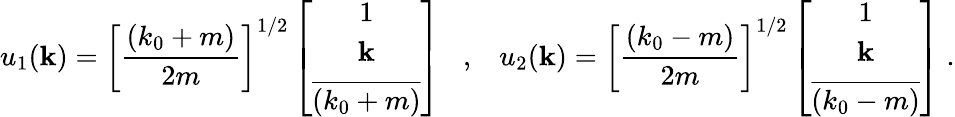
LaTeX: u_{1}({\mathbf k})=\left[\frac{(k_{0}+m)}{2m}\right]^{1/2}\left[\begin{array}{c}{{1}}\\ {{{\mathbf k}}}\\ {{\overline{{{(k_{0}+m)}}}}}\end{array}\right]\; \; \; ,\; \; \; u_{2}({\mathbf k})=\left[\frac{(k_{0}-m)}{2m}\right]^{1/2}\left[\begin{array}{c}{{1}}\\ {{{\mathbf k}}}\\ {{\overline{{{(k_{0}-m)}}}}}\end{array}\right]\; .